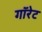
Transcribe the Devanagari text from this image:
गॉरेट